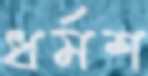
ধর্মশ